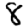
Digit: 8